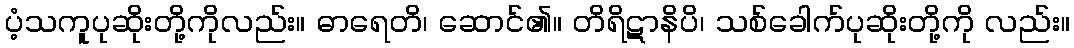
ပံ့သကူပုဆိုးတို့ကိုလည်း။ ဓာရေတိ၊ ဆောင်၏။ တိရိဋာနိပိ၊ သစ်ခေါက်ပုဆိုးတို့ကို လည်း။